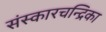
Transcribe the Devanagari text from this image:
संस्कारचन्द्रिका